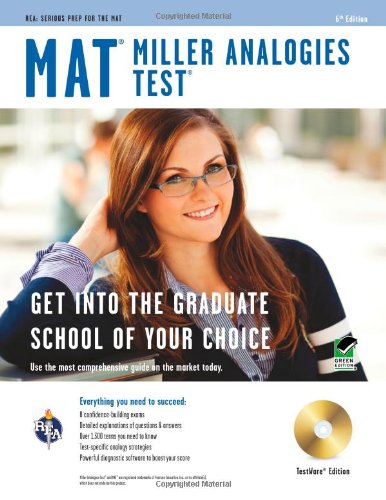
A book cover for Miller Analogies Test (MAT) with TestWare, 6th Edition (Book & CD-ROM); Tracy Budd; Test Preparation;